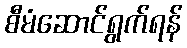
စီမံဆောင်ရွက်ရန်